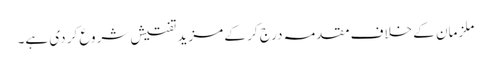
ملزمان کے خلاف مقدمہ درج کر کے مزید تفتیش شروع کر دی ہے۔